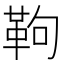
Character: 𩉿